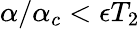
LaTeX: \alpha/\alpha_{c}<\epsilon T_{2}